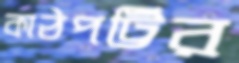
কাঠপট্টির